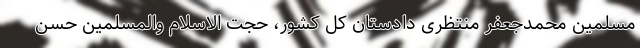
مسلمین محمدجعفر منتظری دادستان کل کشور، حجت الاسلام والمسلمین حسن